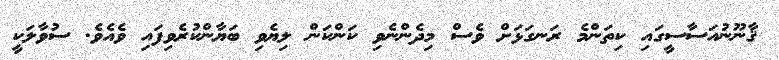
ޤާނޫނުއަސާސީގައި ކިތަންމެ ރަނގަޅަށް ވެސް މިދެންނެވި ކަންކަން ލިޔެވި ބަޔާންކުރެވިފައި ވެއެވެ. ސުވާލަކީ